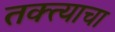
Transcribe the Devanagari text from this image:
तक्त्याचा